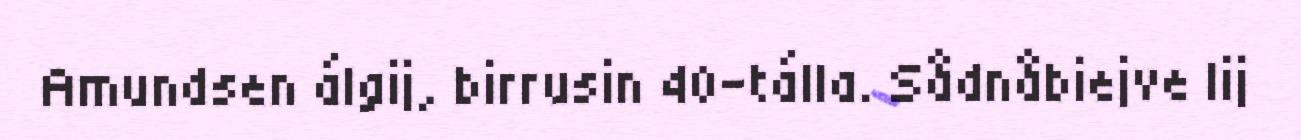
Amundsen álgij, birrusin 40-tálla. Sådnåbiejve lij